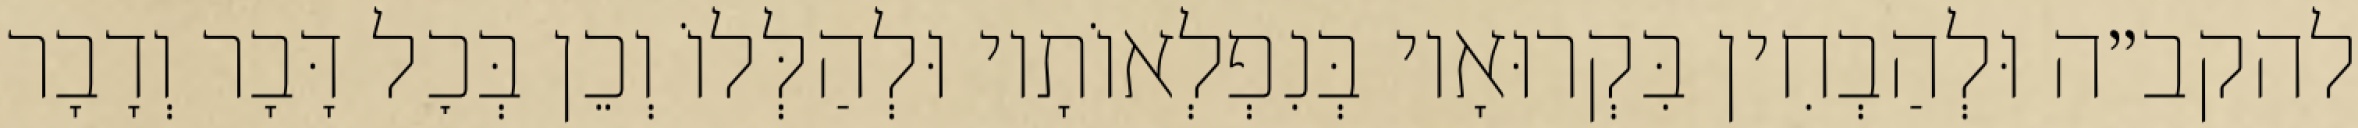
להקב״ה וּלְהַבְחִין בִּקְרוּאָיו בְּנִפְלְאוֹתָיו וּלְהַלְּלוֹ וְכֵן בְּכׇל דָּבָר וְדָבָר